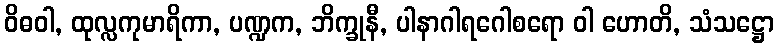
ဝိဓဝါ, ထုလ္လကုမာရိကာ, ပဏ္ဍက, ဘိက္ခုနီ, ပါနာဂါရဂေါစရော ဝါ ဟောတိ, သံသဋ္ဌော